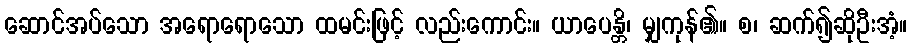
ဆောင်အပ်သော အရောရောသော ထမင်းဖြင့် လည်းကောင်း။ ယာပေန္တိ၊ မျှကုန်၏။ စ၊ ဆက်၍ဆိုဦးအံ့။